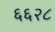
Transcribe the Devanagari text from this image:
६६२८